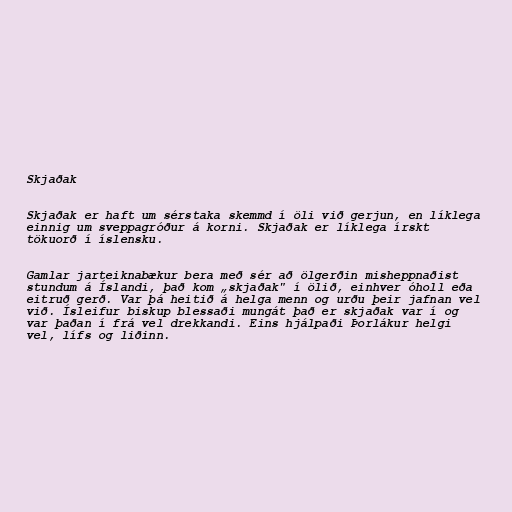
Skjaðak

Skjaðak er haft um sérstaka skemmd í öli við gerjun, en líklega
einnig um sveppagróður á korni. Skjaðak er líklega írskt
tökuorð í íslensku.

Gamlar jarteiknabækur bera með sér að ölgerðin misheppnaðist
stundum á Íslandi, það kom „skjaðak" í ölið, einhver óholl eða
eitruð gerð. Var þá heitið á helga menn og urðu þeir jafnan vel
við. Ísleifur biskup blessaði mungát það er skjaðak var í og
var þaðan í frá vel drekkandi. Eins hjálpaði Þorlákur helgi
vel, lífs og liðinn.